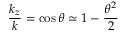
{ \frac { k _ { z } } { k } } = \cos \theta \simeq 1 - { \frac { \theta ^ { 2 } } { 2 } }